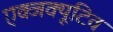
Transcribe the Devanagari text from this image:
एक्जक्यूटिव